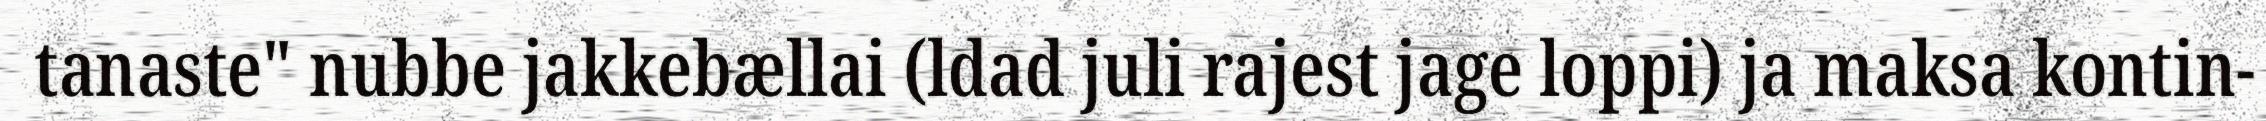
tanaste" nubbe jakkebællai (ldad juli rajest jage loppi) ja maksa kontin-